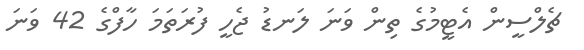
ޗެލްސީން އެޓީމުގެ ތިން ވަނަ ލަނޑު ޖެހީ ފުރަތަމަ ހާފްގެ 42 ވަނަ